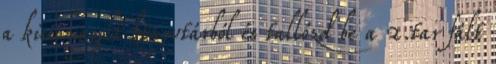
a kicsomagolt könyvtárból és tallózd be a 2.tar fált